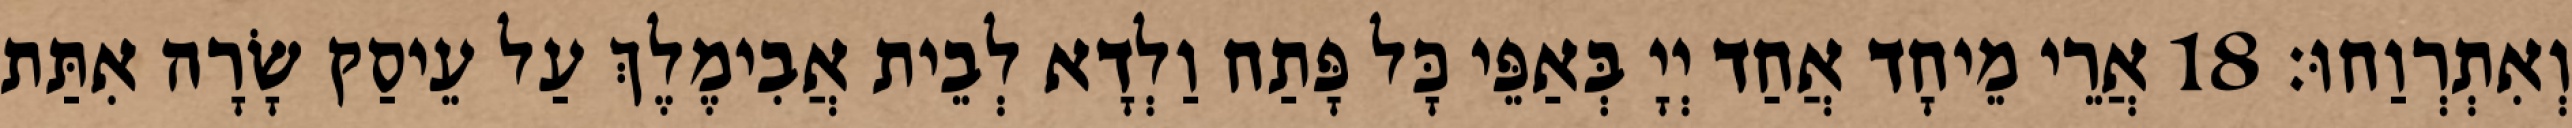
וְאִתְרְוַחוּ׃ 18 אֲרֵי מֵיחָד אֲחַד יְיָ בְּאַפֵּי כָּל פָּתַח וַלְדָא לְבֵית אֲבִימֶלֶךְ עַל עֵיסַק שָׂרָה אִתַּת